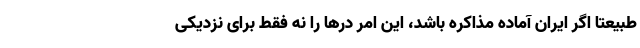
طبیعتا اگر ایران آماده مذاکره باشد، این امر درها را نه فقط برای نزدیکی